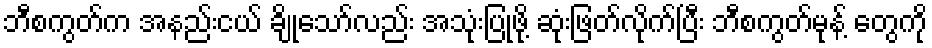
ဘီစကွတ်က အနည်းငယ် ချိုသော်လည်း အသုံးပြုဖို့ ဆုံးဖြတ်လိုက်ပြီး ဘီစကွတ်မုန့် တွေကို